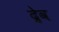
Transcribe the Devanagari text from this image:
द्रेव